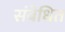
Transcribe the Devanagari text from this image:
संबेधित